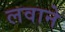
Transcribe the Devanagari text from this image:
लवाने